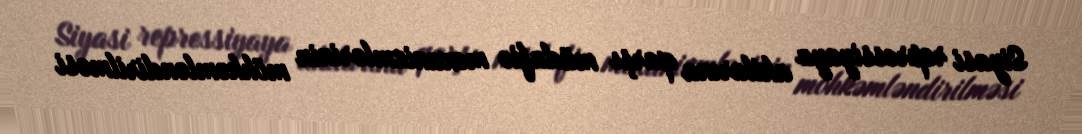
Siyasi repressiyaya aktlarına qarşı müdafiə mexanizmlərinin möhkəmləndirilməsi